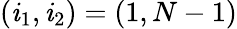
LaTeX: (\mathit{i}_{1},\mathit{i}_{2})=(1,N-1)